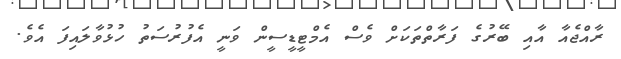
ރާއްޖެއާ އާއި ބޭރުގެ ފަރާތްތަކަށް ވެސް އެމްޓީޑީސީން ވަނީ އެފުރުސަތު ހުޅުވާލައިފަ އެވެ.